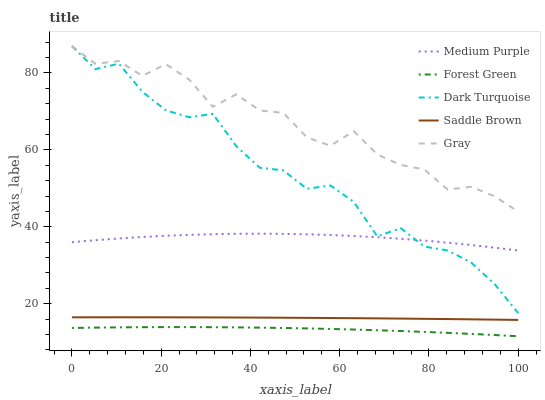
| xaxis_label | Medium Purple | Forest Green | Dark Turquoise | Saddle Brown | Gray |
 | --- | --- | --- | --- | --- | --- |
 | 0 | 36 | 13.7 | 87 | 16.5 | 87 |
 | 5.26 | 36.5 | 13.8 | 81 | 16.5 | 82.4 |
 | 10.5 | 37 | 13.9 | 82.4 | 16.5 | 83.1 |
 | 15.8 | 37.4 | 13.9 | 75.1 | 16.5 | 79.2 |
 | 21.1 | 37.7 | 13.9 | 70.3 | 16.5 | 82.3 |
 | 26.3 | 37.9 | 13.9 | 68.5 | 16.5 | 78.2 |
 | 31.6 | 38.1 | 13.9 | 69.4 | 16.5 | 71.2 |
 | 36.8 | 38.2 | 13.9 | 61 | 16.4 | 74.4 |
 | 42.1 | 38.2 | 13.8 | 55.3 | 16.4 | 70.3 |
 | 47.4 | 38.2 | 13.7 | 54.7 | 16.4 | 69.6 |
 | 52.6 | 38.1 | 13.6 | 49.9 | 16.3 | 63.3 |
 | 57.9 | 37.9 | 13.5 | 50.8 | 16.3 | 61.1 |
 | 63.2 | 37.6 | 13.3 | 46.5 | 16.3 | 64.9 |
 | 68.4 | 37.3 | 13.1 | 37.5 | 16.2 | 58.8 |
 | 73.7 | 36.9 | 12.9 | 39.7 | 16.1 | 56.1 |
 | 78.9 | 36.4 | 12.7 | 34.9 | 16.1 | 54.9 |
 | 84.2 | 35.9 | 12.4 | 33.9 | 16 | 49.7 |
 | 89.5 | 35.3 | 12.2 | 30.7 | 16 | 50.4 |
 | 94.7 | 34.6 | 11.9 | 25.1 | 15.9 | 47.9 |
 | 100 | 33.8 | 11.6 | 17.6 | 15.8 | 43.9 |